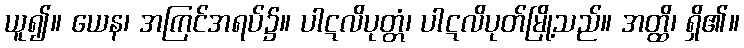
ယူ၍။ ယေန၊ အကြင်အရပ်၌။ ပါဋလိပုတ္တံ၊ ပါဋလိပုတ်မြို့သည်။ အတ္ထိ၊ ရှိ၏။